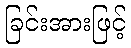
ခြင်းအားဖြင့်